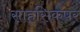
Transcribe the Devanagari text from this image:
साहसिकपर